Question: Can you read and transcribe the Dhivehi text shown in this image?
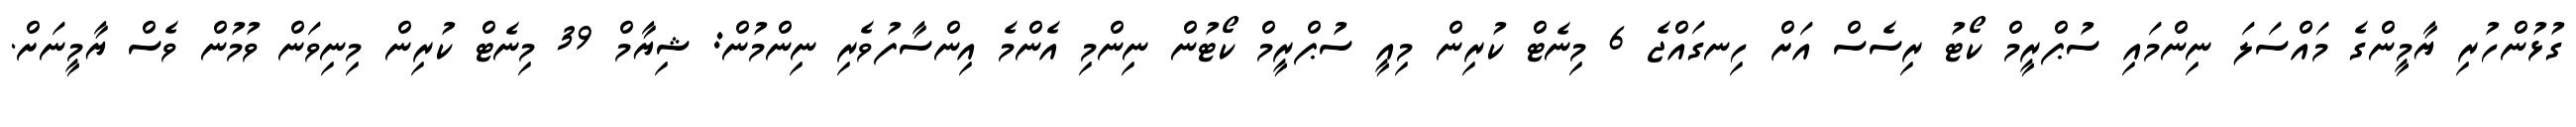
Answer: ގުޅުންހުރި ޔާމީންގެ މައްސަލަ ނިންމައި ސުޕްރީމް ކޯޓު ރިސެސް އަށް ހިނގައްޖެ 6 މިނެޓް ކުރިން މިއީ ސުޕްރީމް ކޯޓުން ނިންމި އެންމެ އިންސާފުވެރި ނިންމުން: ޝިޔާމް 39 މިނެޓް ކުރިން މިނިވަން ވުމުން ވެސް ޔާމީނަށް.